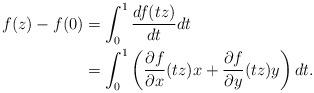
LaTeX: \begin{align*}f(z)-f(0) &= \int_{0}^1 \frac{d f(tz)}{d t} dt \\ &= \int_{0}^1 \left( \frac{\partial f }{\partial x}(tz) x + \frac{\partial f}{\partial y}(tz) y \right) dt. \end{align*}